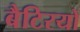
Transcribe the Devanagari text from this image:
बैटिरयों